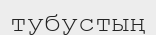
тубустың